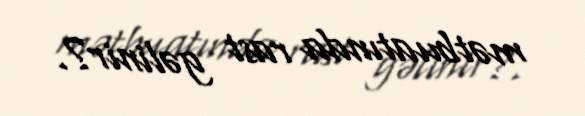
mətbuatında rast gəlinir?.